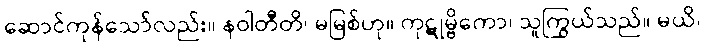
ဆောင်ကုန်သော်လည်း။ နဝါတီတိ၊ မမြစ်ဟု။ ကုဋုမ္ဗိကော၊ သူကြွယ်သည်။ မယိ၊